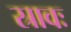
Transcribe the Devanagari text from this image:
स्रावः